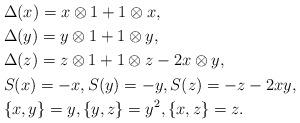
LaTeX: \begin{align*}&\Delta(x)=x\otimes 1+1\otimes x,\\&\Delta(y)=y\otimes 1+1\otimes y,\\&\Delta(z)=z\otimes 1+1\otimes z-2x\otimes y,\\&S(x)=-x, S(y)=-y, S(z)=-z-2xy,\\&\{x, y\}=y, \{y, z\}=y^2, \{x, z\}=z.\end{align*}